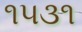
૧૫૩૧